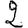
Digit: 2